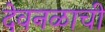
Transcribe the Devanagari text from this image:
देवनळाची